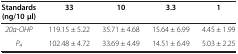
| Standards (ng/10 μl) | 33 | 10 | 3.3 | 1 |
 | --- | --- | --- | --- | --- |
 | 20α-OHP | 119.15 ± 5.22 | 35.71 ± 4.68 | 15.64 ± 6.99 | 4.45 ± 1.99 |
 | P4 | 102.48 ± 4.72 | 33.69 ± 4.49 | 14.51 ± 6.49 | 5.03 ± 2.25 |